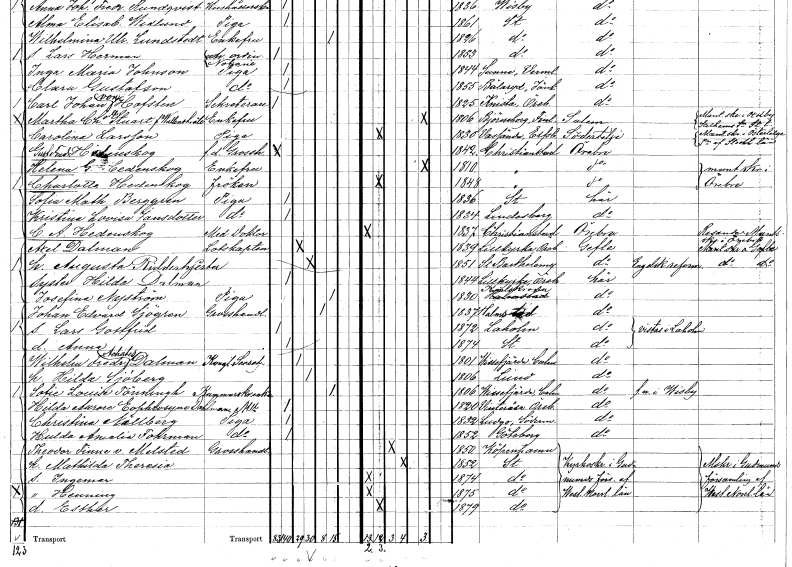
gt_parse: households: individuals: FN: Sofia Mathilda
EN: Berggren
YRKE: Piga
KON: K
CIV: O
FODAR: 1836
FODFORS: Stockholm
FN: Kristina Lovisa
EN: Jansdotter
YRKE: Piga
KON: K
CIV: O
FODAR: 1834
FODFORS: Lindesberg Örebro län
FN: C. A.
EN: Hedenskog
YRKE: Medicine doktor
KON: M
CIV: O
FODAR: 1837
FODFORS: Kristianstad Kristianstads län
FN: Axel
EN: Dalman
YRKE: Lotskapten
KON: M
CIV: G
FODAR: 1839
FODFORS: Lillkyrka Örebro län
FN: Augusta
EN: Ridderhjerta
KON: K
CIV: G
FODAR: 1851
FN: Hilda
EN: Dalman
KON: K
CIV: O
FODAR: 1844
FODFORS: Lillkyrka Örebro län
FN: Josefina
EN: Nyström
YRKE: Piga
KON: K
CIV: E
FODAR: 1830
FODFORS: Karlskrona Blekinge län
FN: Johan Edvard
EN: Sjögren
YRKE: Grosshandlare
KON: M
CIV: E
FODAR: 1837
FODFORS: Halmstad Hallands län
FN: Lars Gottfrid
KON: M
CIV: O
FODAR: 1872
FODFORS: Laholm Hallands län
FN: Anna
KON: K
CIV: O
FODAR: 1874
FODFORS: Stockholm
FN: Wilhelm Fredrik Achates
EN: Dalman
YRKE: Kunglig sekreterare??
KON: M
CIV: G
FODAR: 1801
FODFORS: Vissefjärda Kalmar län
FN: Hilda
EN: Sjöberg
KON: K
CIV: G
FODAR: 1806
FODFORS: Lund Malmöhus län
FN: Sofie Louise
EN: Tönningh
YRKE: Kammarskrivareänka
KON: K
CIV: E
FODAR: 1806
FODFORS: Vissefjärda Kalmar län
FN: Hilda Aurora Eophrosyne
EN: Dahlman
KON: K
CIV: O
FODAR: 1820
FODFORS: Vintrosa Örebro län
FN: Christina
EN: Källberg
YRKE: Piga
KON: K
CIV: O
FODAR: 1832
FODFORS: Ludgo Södermanlands län
FN: Hulda Amalia
EN: Tohrman
YRKE: Piga
KON: K
CIV: O
FODAR: 1852
FODFORS: Göteborg Göteborgs- och Bohuslän
FN: Theodor
EN: Finne v. Melsted
YRKE: Grosshandlare
KON: M
CIV: G
FODAR: 1850
FN: Mathilda Theresia
KON: K
CIV: G
FODAR: 1852
FODFORS: Stockholm
FN: Ingemar
KON: M
CIV: O
FODAR: 1874
FODFORS: Stockholm
FN: Henning
KON: M
CIV: O
FODAR: 1875
FODFORS: Stockholm
FN: Esther
KON: K
CIV: O
FODAR: 1879
FODFORS: Stockholm